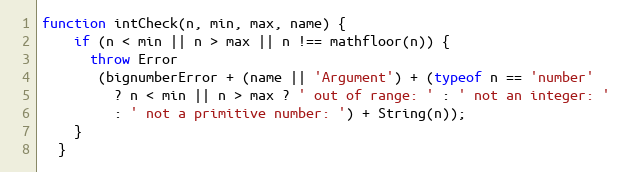
Language: JavaScript
function intCheck(n, min, max, name) {
    if (n < min || n > max || n !== mathfloor(n)) {
      throw Error
       (bignumberError + (name || 'Argument') + (typeof n == 'number'
         ? n < min || n > max ? ' out of range: ' : ' not an integer: '
         : ' not a primitive number: ') + String(n));
    }
  }